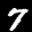
Label: 7